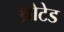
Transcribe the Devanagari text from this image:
थ्रोटेड